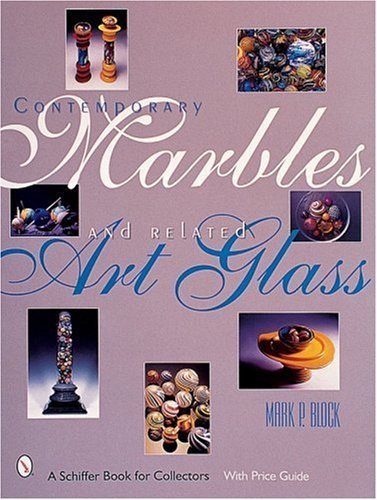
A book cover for Contemporary Marbles and Related Art Glass (A Schiffer Book for Collectors) Hardcover January 1, 2001; Mark P. Block; Crafts, Hobbies & Home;